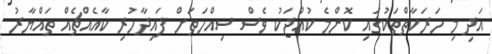
އަދި މި ހަރަކާތްތަކުގައި ކޮންމެ ކުއްޖަކު ވެސް ސިއްހަތަށް ފައިދާހުރި ކާއެއްޗެއް ތައްޔާރު